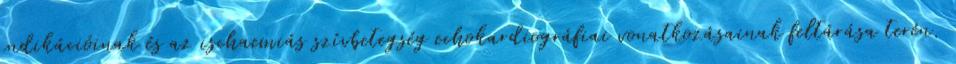
indikációinak és az ischaemiás szívbetegség echokardiográfiai vonatkozásainak feltárása terén.